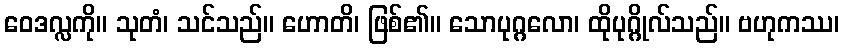
ဝေဒလ္လကို။ သုတံ၊ သင်သည်။ ဟောတိ၊ ဖြစ်၏။ သောပုဂ္ဂလော၊ ထိုပုဂ္ဂိုလ်သည်။ ဗဟုကဿ၊